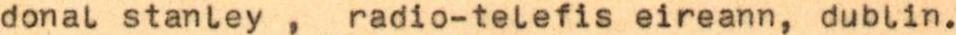
donal stanley , radio-telefis eireann, dublin.